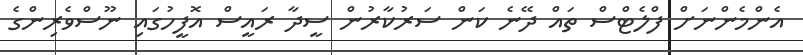
އެންމެންނަށް ފްލެޓްސް ތައް ދޭނެ ކަން ސަރުކާރުން ސީދާ ރައީސް އޮފީހުގައި ނޫސްވެރިންގެ